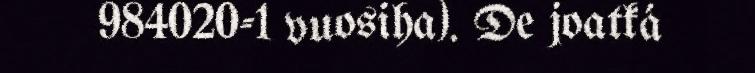
984020-1 vuosiha). De joatká